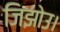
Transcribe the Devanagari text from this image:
जिझोउ।